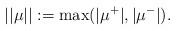
LaTeX: \begin{align*}||\mu|| := \max(|\mu^+|, |\mu^-|).\end{align*}